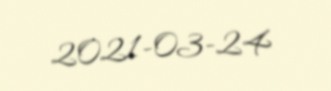
2021-03-24